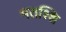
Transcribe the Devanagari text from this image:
मतश्शि